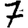
Digit: 7